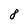
Character: 8